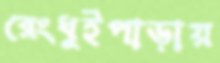
রেংধুইপাড়ায়